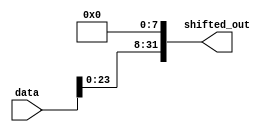
module left_barrel_8(
    output [31:0] shifted_out,
    input [31:0] data
);
    assign shifted_out[31:8] = data[23:0];
    assign shifted_out[7:0] = 1'b0;
endmodule